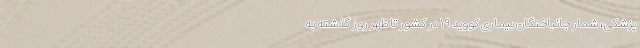
پزشکی، شمار جانباختگان بیماری کووید ۱۹ در کشور تا ظهر روز گذشته به